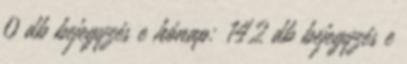
0 db bejegyzés e hónap: 142 db bejegyzés e